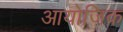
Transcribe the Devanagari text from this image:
आयोजिक